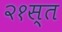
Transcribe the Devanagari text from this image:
२१स्त